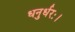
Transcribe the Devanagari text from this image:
धनुर्धरः।